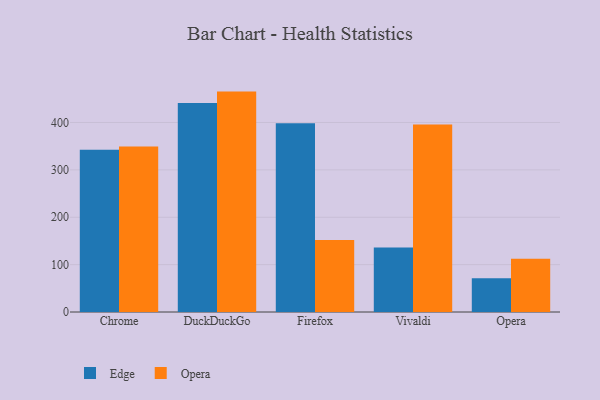
{"axis": {"x": "Browser", "y": "Operating Costs (USD K)"}, "legend": ["Edge", "Opera"], "data": [{"x": "Chrome", "y": 342.2, "type": "Edge"}, {"x": "Chrome", "y": 349.2, "type": "Opera"}, {"x": "DuckDuckGo", "y": 441.2, "type": "Edge"}, {"x": "DuckDuckGo", "y": 465.2, "type": "Opera"}, {"x": "Firefox", "y": 398.6, "type": "Edge"}, {"x": "Firefox", "y": 152.2, "type": "Opera"}, {"x": "Vivaldi", "y": 136.2, "type": "Edge"}, {"x": "Vivaldi", "y": 395.7, "type": "Opera"}, {"x": "Opera", "y": 71.1, "type": "Edge"}, {"x": "Opera", "y": 112.6, "type": "Opera"}]}